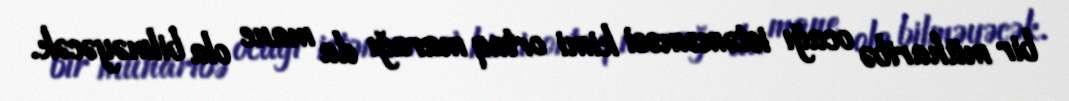
bir müharibə ocağı istəməməsi kimi ortaq marağı da mane ola bilməyəcək.